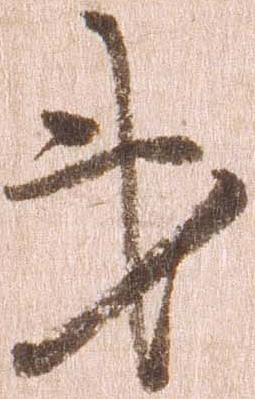
第